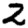
Digit: 2